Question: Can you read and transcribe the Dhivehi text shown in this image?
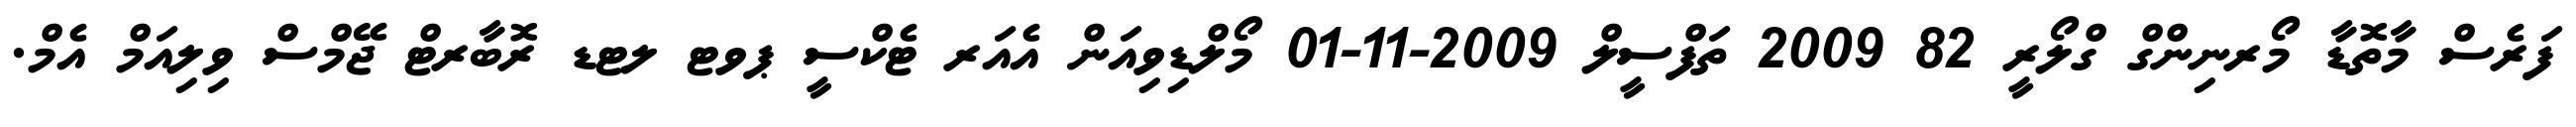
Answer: ފަރެސް މާތޮޑާ މޯރނިންގް ގްލޯރީ 82 2009 ތަފްސީލް 2009-11-01 މޯލްޑިވިއަން އެއަރ ޓެކްސީ ޕވޓ ލޓޑ ރޮބާރޓް ޖޭމްސް ވިލިއަމް އެމް.